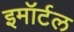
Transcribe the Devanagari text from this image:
इमॉर्टल